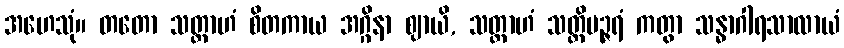
အဟေသုံ။ တတော သတ္တာဟံ စိတကာယ အဂ္ဂိနာ ဈာယိ, သတ္တာဟံ သတ္တိပဉ္ဇရံ ကတွာ သန္ဓာဂါရသာလာယံ